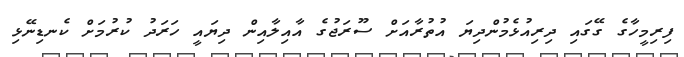
ފިރިމީހާގެ ގޭގައި ދިރިއުޅެމުންދިޔަ އުތުރާއަށް ސޫރަޖުގެ އާއިލާއިން ދިޔައީ ހަރަދު ކުރުމަށް ކެނޑިނޭޅި